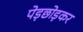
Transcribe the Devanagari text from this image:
पेड़छोड़कर